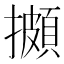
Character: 𢷧